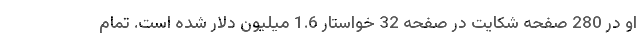
او در 280 صفحه شکایت در صفحه 32 خواستار 1.6 میلیون دلار شده است. تمام